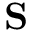
\bf { S }